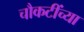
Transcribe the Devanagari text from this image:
चौकटींच्या